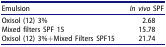
<table><thead><tr><td><b>Emulsion</b></td><td><b><i>In vivo</i> SPF</b></td></tr></thead><tbody><tr><td>Oxisol (12) 3%</td><td>2.68</td></tr><tr><td>Mixed filters SPF 15</td><td>15.78</td></tr><tr><td>Oxisol (12) 3%+Mixed Filters SPF15</td><td>21.74</td></tr></tbody></table>